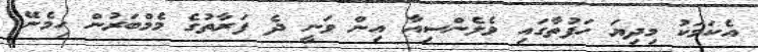
އެކަމަކު މިދިޔަ ހަފުތާގައި ވެލެންސިއާ އިން ވަނީ ދެ ފަރާތުގެ މެމްބަރުން ހިމެނޭ